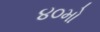
૪૦મો